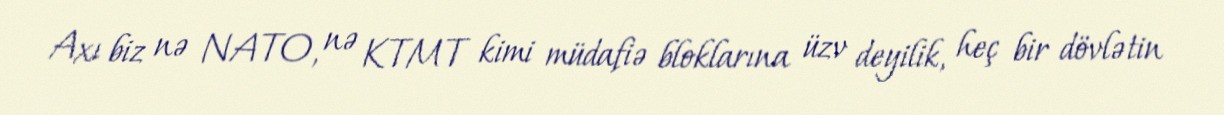
Axı biz nə NATO, nə KTMT kimi müdafiə bloklarına üzv deyilik, heç bir dövlətin